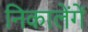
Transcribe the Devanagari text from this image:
निकालेंगें